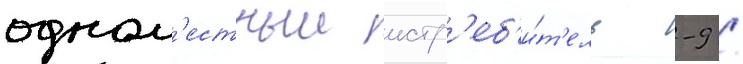
одном'естныи истр'еб'и́т'ель -9 /